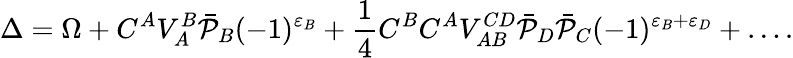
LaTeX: \Delta=\Omega+C^{A}V_{A}^{B}\bar{\cal P}_{B}(-1)^{\varepsilon_{B}}+\frac{1}{4}C^{B}C^{A}V_{AB}^{CD}\bar{\cal P}_{D}\bar{\cal P}_{C}(-1)^{\varepsilon_{B}+\varepsilon_{D}}+\ldots.